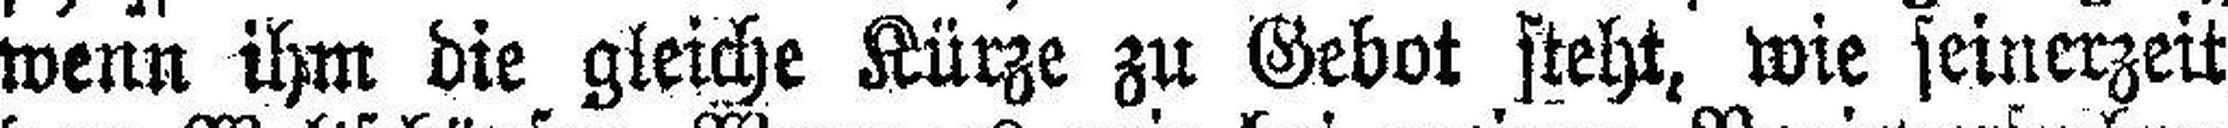
wenn ihm die gleiche Kürze zu Gebot steht, wie seinerzeit